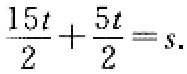
$\frac{15t}{2}+\frac{5t}{2}=s.$